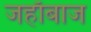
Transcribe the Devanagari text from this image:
जहाँबाज